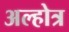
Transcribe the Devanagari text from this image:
अल्होत्र